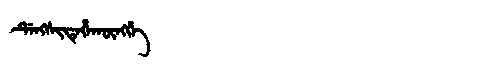
Manchu: ᡩᡝᠩᠰᡳᡨᡝᡥᠠᡴᡡᠩᡤᡝ
Romanization: DENGSITEHAKŪNGGE